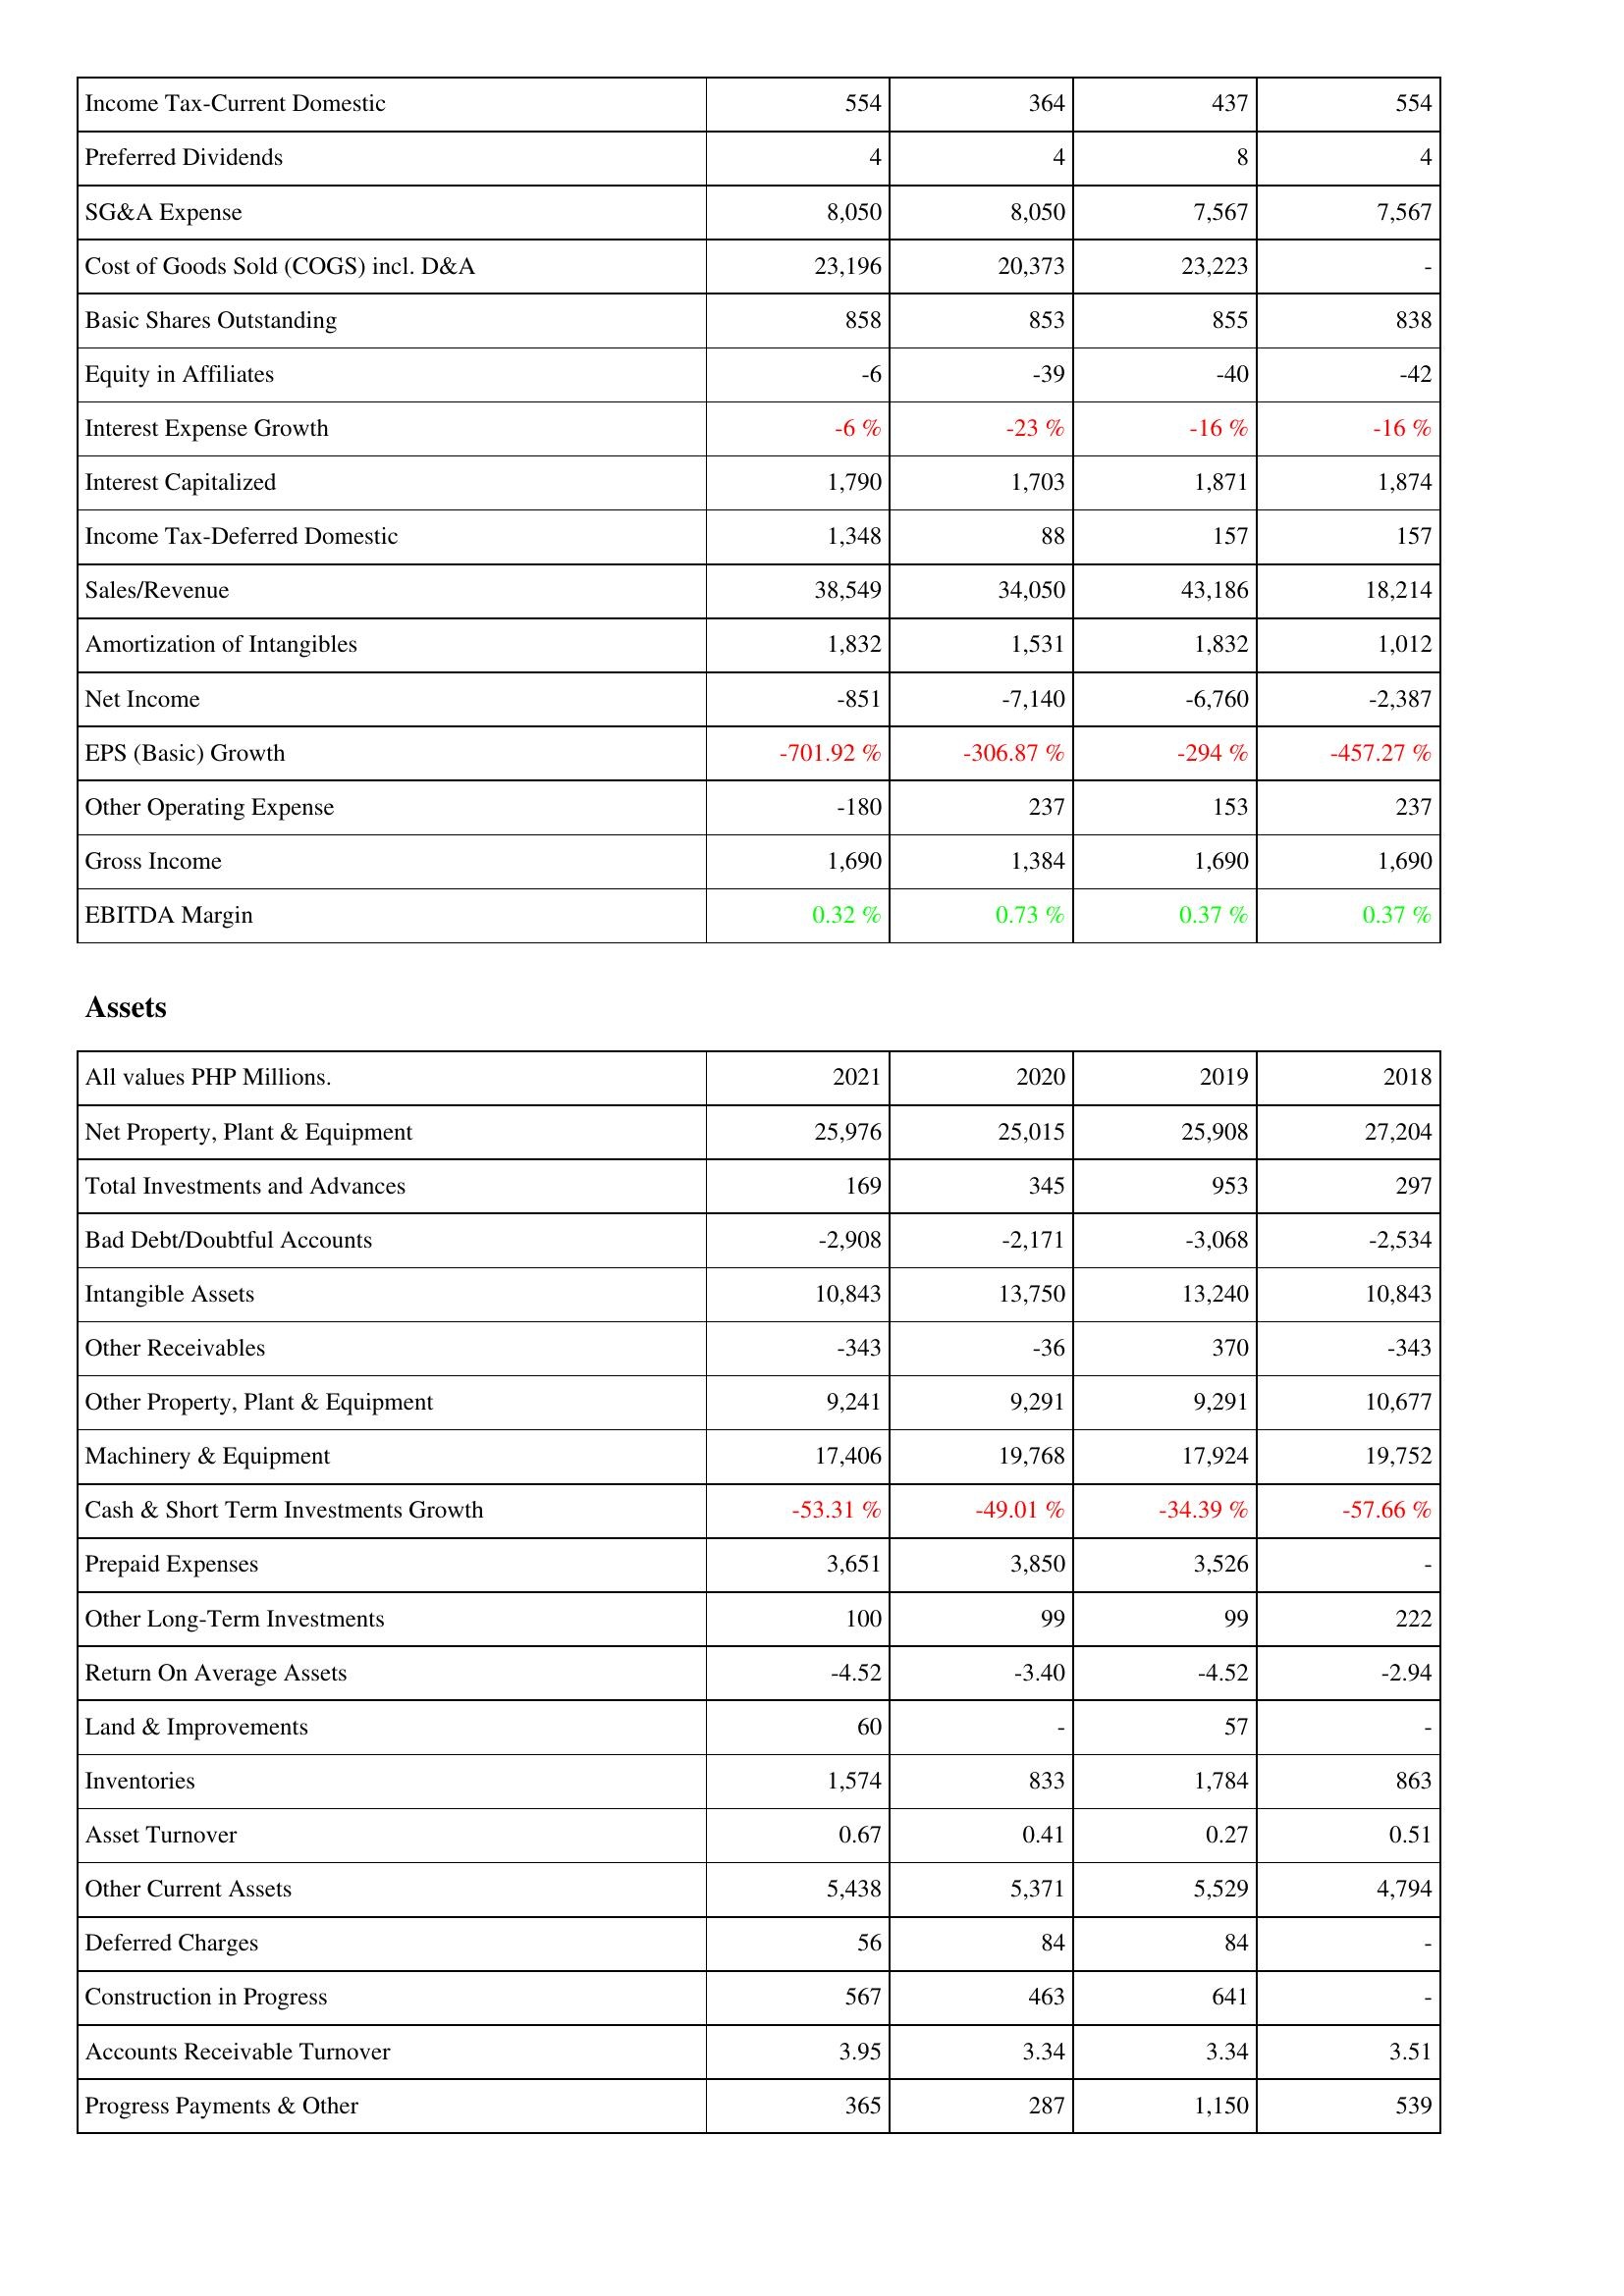
2021: Income Statement: Income Tax-Current Domestic: 554
Preferred Dividends: 4
SG&A Expense: 8,050
Cost of Goods Sold (COGS) incl. D&A: 23,196
Basic Shares Outstanding: 858
Equity in Affiliates: -6
Interest Expense Growth: -6 %
Interest Capitalized: 1,790
Income Tax-Deferred Domestic: 1,348
Sales/Revenue: 38,549
Amortization of Intangibles: 1,832
Net Income: -851
EPS (Basic) Growth: -701.92 %
Other Operating Expense: -180
Gross Income: 1,690
EBITDA Margin: 0.32 %
Assets: Net Property, Plant & Equipment: 25,976
Total Investments and Advances: 169
Bad Debt/Doubtful Accounts: -2,908
Intangible Assets: 10,843
Other Receivables: -343
Other Property, Plant & Equipment: 9,241
Machinery & Equipment: 17,406
Cash & Short Term Investments Growth: -53.31 %
Prepaid Expenses: 3,651
Other Long-Term Investments: 100
Return On Average Assets: -4.52
Land & Improvements: 60
Inventories: 1,574
Asset Turnover: 0.67
Other Current Assets: 5,438
Deferred Charges: 56
Construction in Progress: 567
Accounts Receivable Turnover: 3.95
Progress Payments & Other: 365
2020: Income Statement: Income Tax-Current Domestic: 364
Preferred Dividends: 4
SG&A Expense: 8,050
Cost of Goods Sold (COGS) incl. D&A: 20,373
Basic Shares Outstanding: 853
Equity in Affiliates: -39
Interest Expense Growth: -23 %
Interest Capitalized: 1,703
Income Tax-Deferred Domestic: 88
Sales/Revenue: 34,050
Amortization of Intangibles: 1,531
Net Income: -7,140
EPS (Basic) Growth: -306.87 %
Other Operating Expense: 237
Gross Income: 1,384
EBITDA Margin: 0.73 %
Assets: Net Property, Plant & Equipment: 25,015
Total Investments and Advances: 345
Bad Debt/Doubtful Accounts: -2,171
Intangible Assets: 13,750
Other Receivables: -36
Other Property, Plant & Equipment: 9,291
Machinery & Equipment: 19,768
Cash & Short Term Investments Growth: -49.01 %
Prepaid Expenses: 3,850
Other Long-Term Investments: 99
Return On Average Assets: -3.40
Land & Improvements: -
Inventories: 833
Asset Turnover: 0.41
Other Current Assets: 5,371
Deferred Charges: 84
Construction in Progress: 463
Accounts Receivable Turnover: 3.34
Progress Payments & Other: 287
2019: Income Statement: Income Tax-Current Domestic: 437
Preferred Dividends: 8
SG&A Expense: 7,567
Cost of Goods Sold (COGS) incl. D&A: 23,223
Basic Shares Outstanding: 855
Equity in Affiliates: -40
Interest Expense Growth: -16 %
Interest Capitalized: 1,871
Income Tax-Deferred Domestic: 157
Sales/Revenue: 43,186
Amortization of Intangibles: 1,832
Net Income: -6,760
EPS (Basic) Growth: -294 %
Other Operating Expense: 153
Gross Income: 1,690
EBITDA Margin: 0.37 %
Assets: Net Property, Plant & Equipment: 25,908
Total Investments and Advances: 953
Bad Debt/Doubtful Accounts: -3,068
Intangible Assets: 13,240
Other Receivables: 370
Other Property, Plant & Equipment: 9,291
Machinery & Equipment: 17,924
Cash & Short Term Investments Growth: -34.39 %
Prepaid Expenses: 3,526
Other Long-Term Investments: 99
Return On Average Assets: -4.52
Land & Improvements: 57
Inventories: 1,784
Asset Turnover: 0.27
Other Current Assets: 5,529
Deferred Charges: 84
Construction in Progress: 641
Accounts Receivable Turnover: 3.34
Progress Payments & Other: 1,150
2018: Income Statement: Income Tax-Current Domestic: 554
Preferred Dividends: 4
SG&A Expense: 7,567
Cost of Goods Sold (COGS) incl. D&A: -
Basic Shares Outstanding: 838
Equity in Affiliates: -42
Interest Expense Growth: -16 %
Interest Capitalized: 1,874
Income Tax-Deferred Domestic: 157
Sales/Revenue: 18,214
Amortization of Intangibles: 1,012
Net Income: -2,387
EPS (Basic) Growth: -457.27 %
Other Operating Expense: 237
Gross Income: 1,690
EBITDA Margin: 0.37 %
Assets: Net Property, Plant & Equipment: 27,204
Total Investments and Advances: 297
Bad Debt/Doubtful Accounts: -2,534
Intangible Assets: 10,843
Other Receivables: -343
Other Property, Plant & Equipment: 10,677
Machinery & Equipment: 19,752
Cash & Short Term Investments Growth: -57.66 %
Prepaid Expenses: -
Other Long-Term Investments: 222
Return On Average Assets: -2.94
Land & Improvements: -
Inventories: 863
Asset Turnover: 0.51
Other Current Assets: 4,794
Deferred Charges: -
Construction in Progress: -
Accounts Receivable Turnover: 3.51
Progress Payments & Other: 539